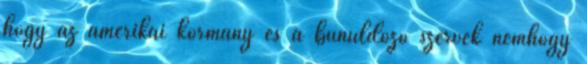
hogy az amerikai kormány és a bűnüldöző szervek nemhogy